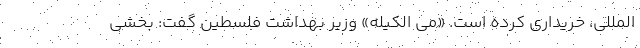
المللی، خریداری کرده است. «می الکیله» وزیر بهداشت فلسطین گفت: بخشی